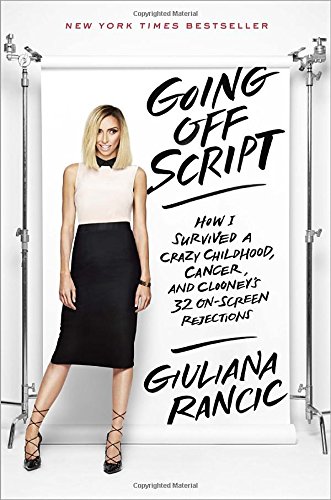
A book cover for Going Off Script: How I Survived a Crazy Childhood, Cancer, and Clooney's 32 On-Screen Rejections; Giuliana Rancic; Biographies & Memoirs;